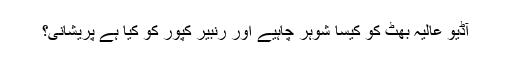
آڈیو عالیہ بھٹ کو کیسا شوہر چاہیے اور رنبیر کپور کو کیا ہے پریشانی؟